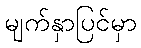
မျက်နှာပြင်မှာ